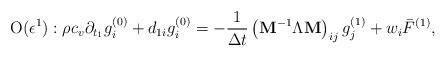
\begin{align*}{\rm O}(\epsilon ^1):\rho c_v\partial_ {t_1}g_i^{(0)}+d_{1i}g_i^{(0)}=-\frac{1}{\Delta t} \left({{{\bf{ M}}}}^{-1}{\Lambda}{{{\bf{ M}}}}\right)_{ij} g_j^{(1)} + {{w}_i \bar F^{(1)}},\end{align*}